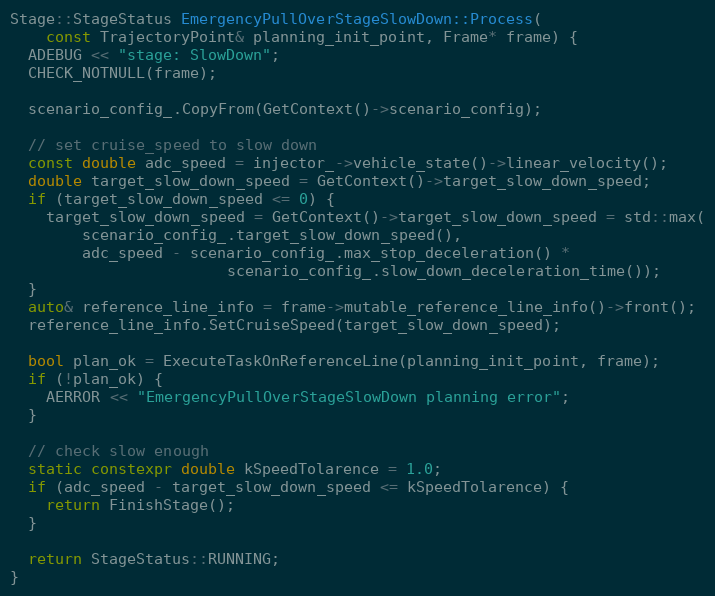
Language: C++
Stage::StageStatus EmergencyPullOverStageSlowDown::Process(
    const TrajectoryPoint& planning_init_point, Frame* frame) {
  ADEBUG << "stage: SlowDown";
  CHECK_NOTNULL(frame);

  scenario_config_.CopyFrom(GetContext()->scenario_config);

  // set cruise_speed to slow down
  const double adc_speed = injector_->vehicle_state()->linear_velocity();
  double target_slow_down_speed = GetContext()->target_slow_down_speed;
  if (target_slow_down_speed <= 0) {
    target_slow_down_speed = GetContext()->target_slow_down_speed = std::max(
        scenario_config_.target_slow_down_speed(),
        adc_speed - scenario_config_.max_stop_deceleration() *
                        scenario_config_.slow_down_deceleration_time());
  }
  auto& reference_line_info = frame->mutable_reference_line_info()->front();
  reference_line_info.SetCruiseSpeed(target_slow_down_speed);

  bool plan_ok = ExecuteTaskOnReferenceLine(planning_init_point, frame);
  if (!plan_ok) {
    AERROR << "EmergencyPullOverStageSlowDown planning error";
  }

  // check slow enough
  static constexpr double kSpeedTolarence = 1.0;
  if (adc_speed - target_slow_down_speed <= kSpeedTolarence) {
    return FinishStage();
  }

  return StageStatus::RUNNING;
}